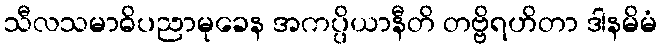
သီလသမာဓိပညာမုခေန အကပ္ပိယာနီတိ တဗ္ဗိရဟိတာ ဒါနမိမံ